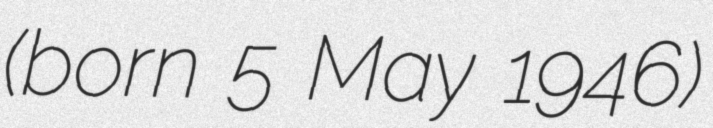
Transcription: (born 5 May 1946)